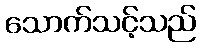
သောက်သင့်သည်